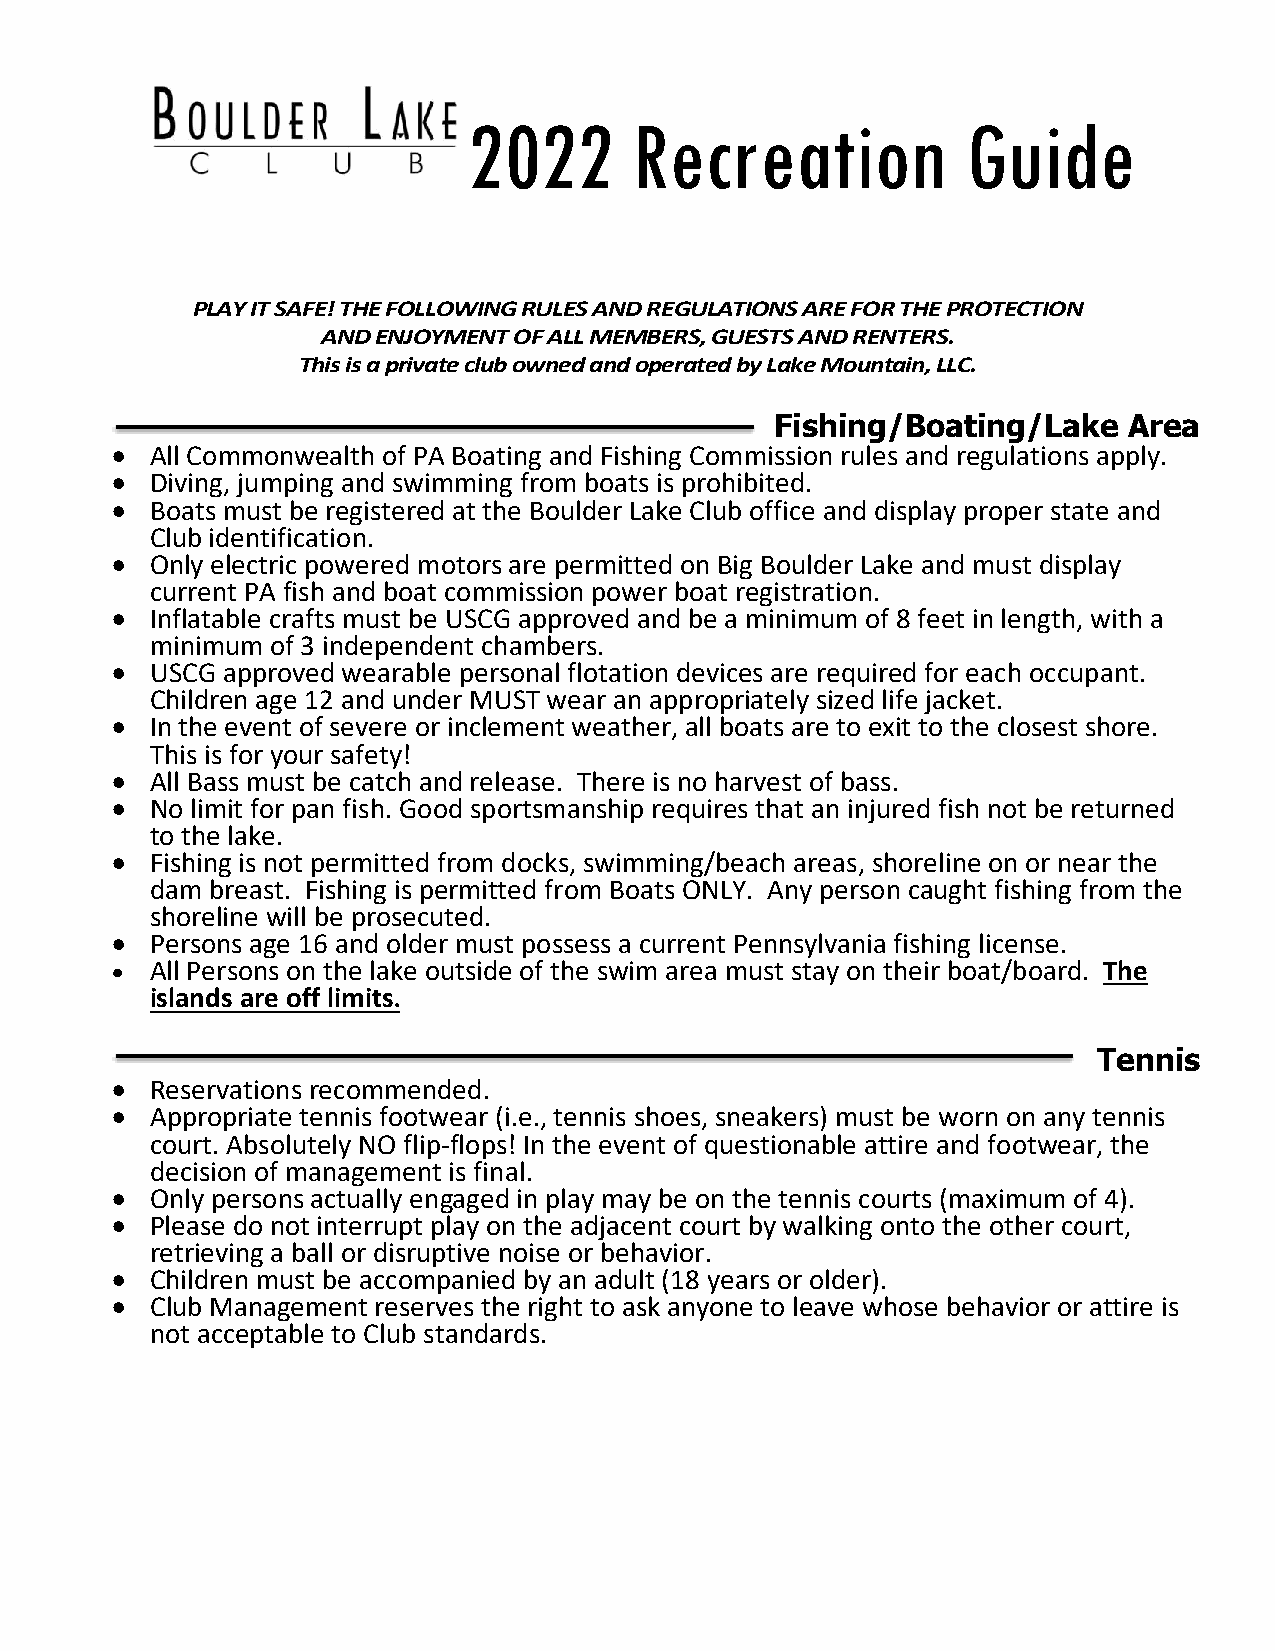
2022       Recreation            Guide
 PLAY IT SAFE! THE FOLLOWING RULES AND REGULATIONS ARE FOR THE PROTECTION
 AND ENJOYMENT OF ALL MEMBERS, GUESTS AND RENTERS.
 This is a private club owned and operated by Lake Mountain, LLC.
 Fishing/Boating/Lake    Area
 •  All Commonwealth of PA Boating and Fishing Commission rules and regulations apply.
 •  Diving, jumping and swimming from boats is prohibited.
 •  Boats must be registered at the Boulder Lake Club office and display proper state and
 Club identification.
 •  Only electric powered motors are permitted on Big Boulder Lake and must display
 current PA fish and boat commission power boat registration.
 •  Inflatable crafts must be USCG approved and be a minimum of 8 feet in length, with a
 minimum of 3 independent chambers.
 •  USCG approved wearable personal flotation devices are required for each occupant.
 Children age 12 and under MUST wear an appropriately sized life jacket.
 •  In the event of severe or inclement weather, all boats are to exit to the closest shore.
 This is for your safety!
 •  All Bass must be catch and release. There is no harvest of bass.
 •  No limit for pan fish. Good sportsmanship requires that an injured fish not be returned
 to the lake.
 •  Fishing is not permitted from docks, swimming/beach areas, shoreline on or near the
 dam breast. Fishing is permitted from Boats ONLY. Any person caught fishing from the
 shoreline will be prosecuted.
 •  Persons age 16 and older must possess a current Pennsylvania fishing license.
 •  All Persons on the lake outside of the swim area must stay on their boat/board. The
 islands are off limits.
 Tennis
 •  Reservations recommended.
 •  Appropriate tennis footwear (i.e., tennis shoes, sneakers) must be worn on any tennis
 court. Absolutely NO flip-flops! In the event of questionable attire and footwear, the
 decision of management is final.
 •  Only persons actually engaged in play may be on the tennis courts (maximum of 4).
 •  Please do not interrupt play on the adjacent court by walking onto the other court,
 retrieving a ball or disruptive noise or behavior.
 •  Children must be accompanied by an adult (18 years or older).
 •  Club Management reserves the right to ask anyone to leave whose behavior or attire is
 not acceptable to Club standards.